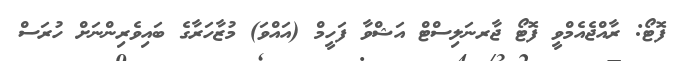
ފޮޓޯ: ރާއްޖެއެމްވީ ފޮޓޯ ޖާރނަލިސްޓް އަޝްވާ ފަހީމް (އައްވަ) މުޒާހަރާގެ ބައިވެރިންނަށް ހުރަސް